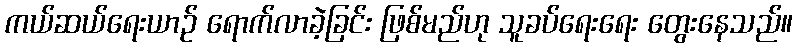
ကယ်ဆယ်ရေးယာဉ် ရောက်လာခဲ့ခြင်း ဖြစ်မည်ဟု သူခပ်ရေးရေး တွေးနေသည်။